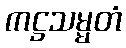
ကဋ္ဌသမ္မတံ